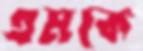
এমকে